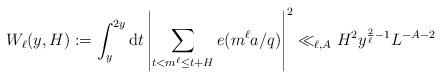
LaTeX: \begin{align*}W_{\ell}(y,H):=\int_{y}^{2y}{\rm d} t\left|\sum_{t<m^{\ell}\le t+H}e(m^{\ell}a/q)\right|^2\ll_{\ell,A} H^2y^{\frac{2}{\ell}-1}L^{-A-2}\end{align*}